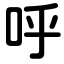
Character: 呼